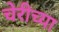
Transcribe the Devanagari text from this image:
चेरीच्या